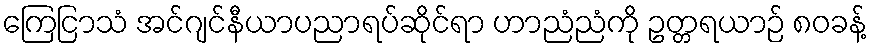
ကြေငြာသံ အင်ဂျင်နီယာပညာရပ်ဆိုင်ရာ ဟာညံညံကို ဥတ္တရယာဉ် ၈၀ခန့်